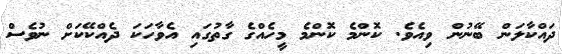
ދައްކާލަން ބޭނުން ވިއެވެ. ކޮންމެ ކޮންމެ މީހެއްގެ ގާތުގައި އެވާހަކަ ދެއްކޭކަށް ނުވެސް